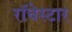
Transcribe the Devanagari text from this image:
रॉचेस्टार